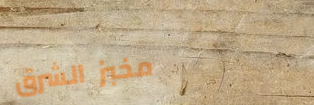
مخبز الشرق